画像に写った文字を読んでください
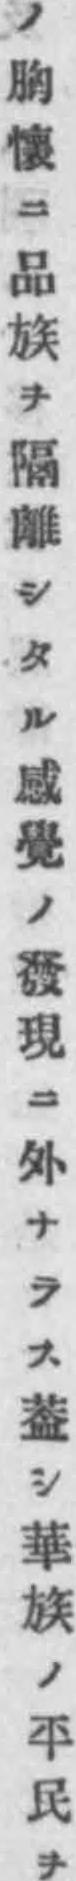
「ノ胸懷ニ品族ヲ隔離シタル感覺ノ發現ニ外ナラス葢シ華族ノ平民ヲ」と書いてあります